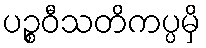
ပဉ္စဝီသတိကပ္ပမှိ